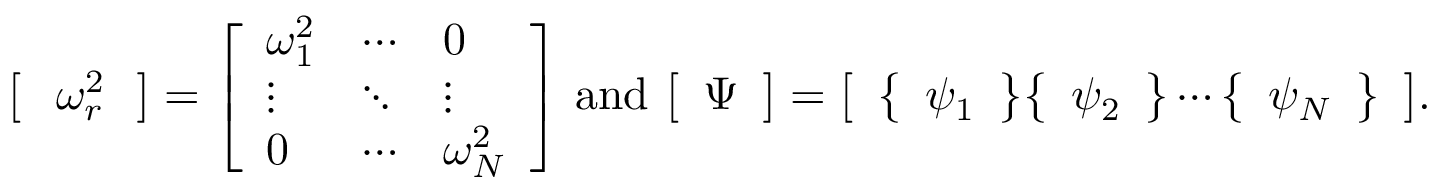
{ \left[ \begin{array} { l } { ^ { \diagdown } \omega _ { r \diagdown } ^ { 2 } } \end{array} \right] } = { \left[ \begin{array} { l l l } { \omega _ { 1 } ^ { 2 } } & { \cdots } & { 0 } \\ { \vdots } & { \ddots } & { \vdots } \\ { 0 } & { \cdots } & { \omega _ { N } ^ { 2 } } \end{array} \right] } { \mathrm { ~ a n d ~ } } { \left[ \begin{array} { l } { \Psi } \end{array} \right] } = { \left[ \begin{array} { l } { { \left\{ \begin{array} { l } { \psi _ { 1 } } \end{array} \right\} } { \left\{ \begin{array} { l } { \psi _ { 2 } } \end{array} \right\} } \cdots { \left\{ \begin{array} { l } { \psi _ { N } } \end{array} \right\} } } \end{array} \right] } .